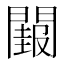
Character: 𮤝